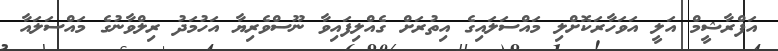
އަފްރާޝީމް އަލީ އަވަހާރަކޮށްލި މައްސަލައިގެ އިތުރަށް ގެއްލިފައިވާ ނޫސްވެރިޔާ އަހުމަދު ރިލްވާނުގެ މައްސަލައާ